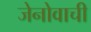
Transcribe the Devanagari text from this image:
जेनोवाची